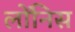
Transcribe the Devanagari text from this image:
लोंनिस